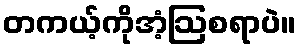
တကယ့်ကိုအံ့ဩစရာပဲ။